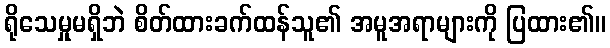
ရိုသေမှုမရှိဘဲ စိတ်ထားခက်ထန်သူ၏ အမူအရာများကို ပြထား၏။